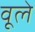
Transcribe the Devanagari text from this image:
वूले